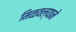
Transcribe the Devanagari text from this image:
मिळवल्याने